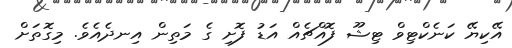
އޭކިޔޭ ކަނެކްޓިވް ޓިޝޫ ފޮއްޗެއް އަޑު ފޮށި ގެ މަތިން އިނދެއެވެ. މިގޮތަށް